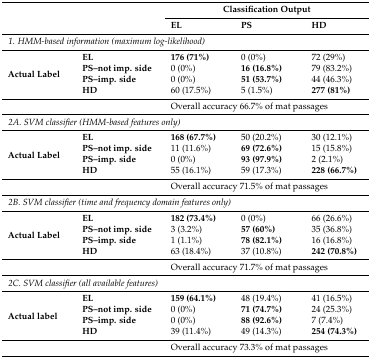
<table><thead><tr><td rowspan="2" colspan="2"></td><td colspan="3"><b>Classification Output</b></td></tr><tr><td><b>EL</b></td><td><b>PS</b></td><td><b>HD</b></td></tr></thead><tbody><tr><td colspan="5"><i>1. HMM-based information (maximum log-likelihood)</i></td></tr><tr><td rowspan="4"><b>Actual Label</b></td><td><b>EL</b></td><td><b>176 (71%)</b></td><td>0 (0%)</td><td>72 (29%)</td></tr><tr><td><b>PS–not imp. side</b></td><td>0 (0%)</td><td><b>16 (16.8%)</b></td><td>79 (83.2%)</td></tr><tr><td><b>PS–imp. side</b></td><td>0 (0%)</td><td><b>51 (53.7%)</b></td><td>44 (46.3%)</td></tr><tr><td><b>HD</b></td><td>60 (17.5%)</td><td>5 (1.5%)</td><td><b>277 (81%)</b></td></tr><tr><td colspan="2"></td><td colspan="3">Overall accuracy 66.7% of mat passages</td></tr><tr><td colspan="5"><i>2A. SVM classifier (HMM-based features only)</i></td></tr><tr><td rowspan="4"><b>Actual Label</b></td><td><b>EL</b></td><td><b>168 (67.7%)</b></td><td>50 (20.2%)</td><td>30 (12.1%)</td></tr><tr><td><b>PS–not imp. side</b></td><td>11 (11.6%)</td><td><b>69 (72.6%)</b></td><td>15 (15.8%)</td></tr><tr><td><b>PS–imp. side</b></td><td>0 (0%)</td><td><b>93 (97.9%)</b></td><td>2 (2.1%)</td></tr><tr><td><b>HD</b></td><td>55 (16.1%)</td><td>59 (17.3%)</td><td><b>228 (66.7%)</b></td></tr><tr><td colspan="2"></td><td colspan="3">Overall accuracy 71.5% of mat passages</td></tr><tr><td colspan="5"><i>2B. SVM classifier (time and frequency domain features only)</i></td></tr><tr><td rowspan="4"><b>Actual Label</b></td><td><b>EL</b></td><td><b>182 (73.4%)</b></td><td>0 (0%)</td><td>66 (26.6%)</td></tr><tr><td><b>PS–not imp. side</b></td><td>3 (3.2%)</td><td><b>57 (60%)</b></td><td>35 (36.8%)</td></tr><tr><td><b>PS–imp. side</b></td><td>1 (1.1%)</td><td><b>78 (82.1%)</b></td><td>16 (16.8%)</td></tr><tr><td><b>HD</b></td><td>63 (18.4%)</td><td>37 (10.8%)</td><td><b>242 (70.8%)</b></td></tr><tr><td colspan="2"></td><td colspan="3">Overall accuracy 71.7% of mat passages</td></tr><tr><td colspan="5"><i>2C. SVM classifier (all available features)</i></td></tr><tr><td rowspan="4"><b>Actual label</b></td><td><b>EL</b></td><td><b>159 (64.1%)</b></td><td>48 (19.4%)</td><td>41 (16.5%)</td></tr><tr><td><b>PS–not imp. side</b></td><td>0 (0%)</td><td><b>71 (74.7%)</b></td><td>24 (25.3%)</td></tr><tr><td><b>PS–imp. side</b></td><td>0 (0%)</td><td><b>88 (92.6%)</b></td><td>7 (7.4%)</td></tr><tr><td><b>HD</b></td><td>39 (11.4%)</td><td>49 (14.3%)</td><td><b>254 (74.3%)</b></td></tr><tr><td colspan="2"></td><td colspan="3">Overall accuracy 73.3% of mat passages</td></tr></tbody></table>